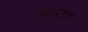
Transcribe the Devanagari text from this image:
पास्तर